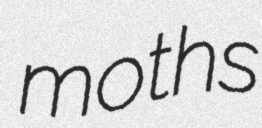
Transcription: moths